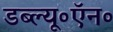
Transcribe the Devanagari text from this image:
डब्ल्यू॰ऍन॰